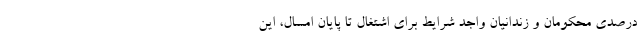
درصدی محکومان و زندانیان واجد شرایط برای اشتغال تا پایان امسال، این